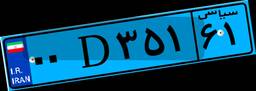
۳۳D۵۰۰۰۵